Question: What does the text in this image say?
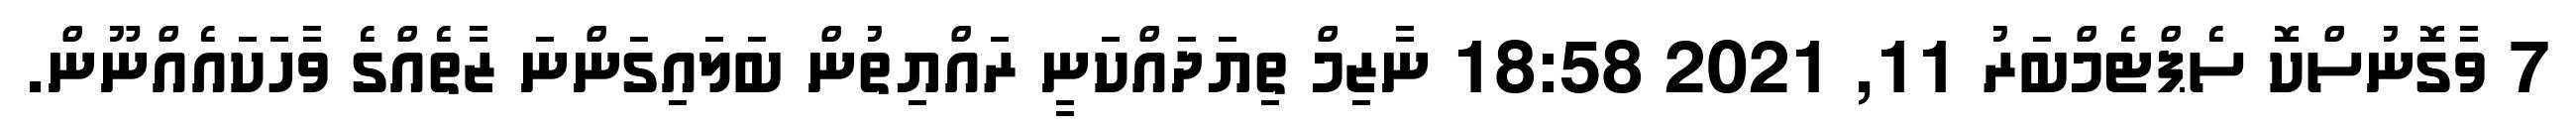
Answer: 7 ވާގޮނުސްކޮ ސެޕްޓެމްބަރު 11, 2021 18:58 ނާޒިމް ތިޔަދައްކަނީ ރައްޔިތުން ބަލައިގަންނަ ޒާތެއްގެ ވާހަކައެއްނޫން.